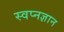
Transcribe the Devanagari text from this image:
स्वप्नज्ञान